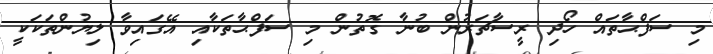
މި ސަފްޙާތައް ހޯދި ރީސާޗަރުން ބުނާ ގޮތުން މި ސަފްޙާތަކާއި އޭގައިވާ ލިޔުންތަކަކީ